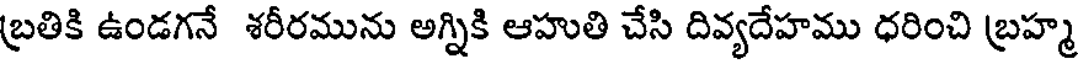
బ్రతికి ఉండగనే శరీరమును అగ్నికి ఆహుతి చేసి దివ్యదేహము ధరించి బ్రహ్మ